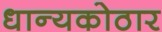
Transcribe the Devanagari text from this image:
धान्यकोठार